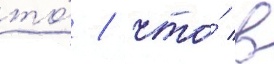
то́ / что́ в